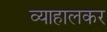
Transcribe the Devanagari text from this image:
व्याहालकर